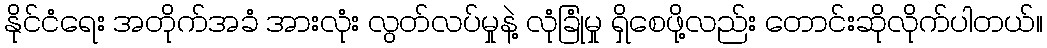
နိုင်ငံရေး အတိုက်အခံ အားလုံး လွတ်လပ်မှုနဲ့ လုံခြုံမှု ရှိစေဖို့လည်း တောင်းဆိုလိုက်ပါတယ်။